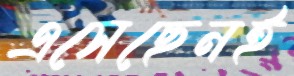
এসেছেনই